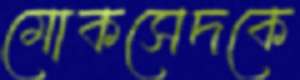
মোকসেদকে